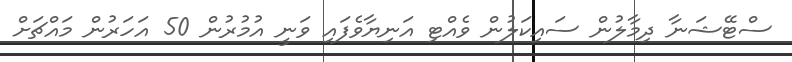
ސްޓޭޝަނާ ދިމާލުން ސައިކަލުން ވެއްޓި އަނިޔާވެފައި ވަނީ އުމުރުން 50 އަހަރުން މައްޗަށް